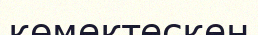
көмектескен